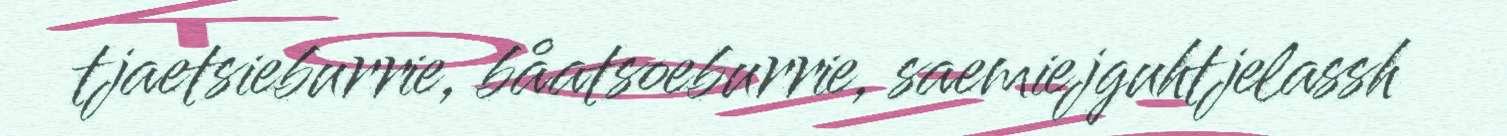
tjaetsieburrie, båatsoeburrie, saemiejguhtjelassh